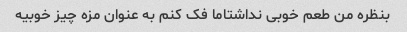
بنظره من طعم خوبی نداشتاما فک کنم به عنوان مزه چیز خوبیه